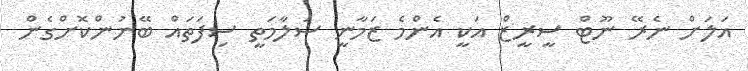
އަލަށް ނެރޭ ނޫޓް ސީރީޒް އަކީ އެންމެ ޒަމާނީ ސަލާމަތީ ސިފަަތައް ބޭނުންކޮށްގެން